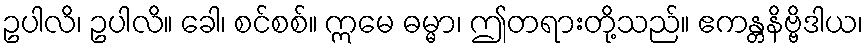
ဥပါလိ၊ ဥပါလိ။ ခေါ၊ စင်စစ်။ ဣမေ ဓမ္မာ၊ ဤတရားတို့သည်။ ဧကန္တနိဗ္ဗိဒါယ၊